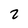
Character: 2